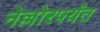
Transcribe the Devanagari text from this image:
नेल्लोरपर्यंत